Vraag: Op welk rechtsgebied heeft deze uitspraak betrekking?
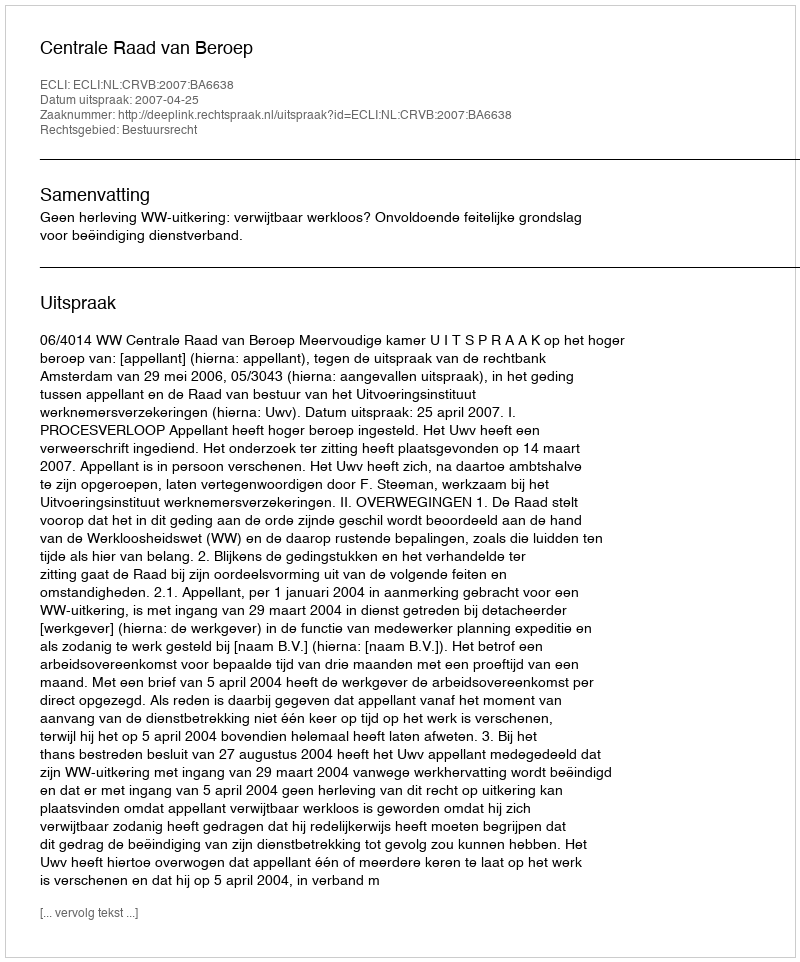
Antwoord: Bestuursrecht